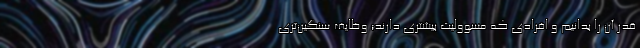
قدر آن را بدانیم و افرادی که مسوولیت بیشتری دارند؛ وظایف سنگین‌تری